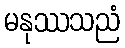
မနုဿသညံ